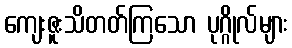
ကျေးဇူးသိတတ်ကြသော ပုဂ္ဂိုလ်များ